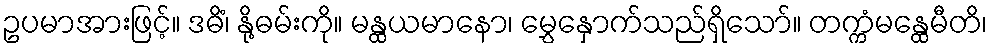
ဥပမာအားဖြင့်။ ဒဓိံ၊ နို့ဓမ်းကို။ မန္ထယမာနော၊ မွှေနှောက်သည်ရှိသော်။ တက္ကံမန္ထေမီတိ၊